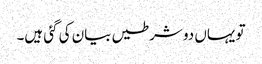
تو یہاں دو شرطیں بیان کی گئی ہیں۔